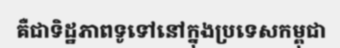
គឺជាទិដ្ឋភាពទូទៅនៅក្នុងប្រទេសកម្ពុជា